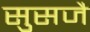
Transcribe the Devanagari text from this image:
सुसजै